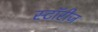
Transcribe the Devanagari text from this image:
स्टॉरीज